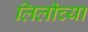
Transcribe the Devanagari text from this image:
लिलीच्या